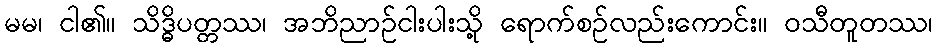
မမ၊ ငါ၏။ သိဒ္ဓိပတ္တဿ၊ အဘိညာဉ်ငါးပါးသို့ ရောက်စဉ်လည်းကောင်း။ ဝသီတူတဿ၊